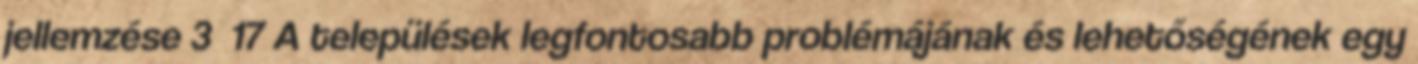
jellemzése 3 17 A települések legfontosabb problémájának és lehetőségének egy